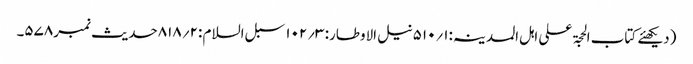
(دیکھئے کتاب الحجۃ علی اہل المدینہ:۱؍۵۱۰نیل الاوطار: ۳؍۱۰۲ سبل السلام :۲؍۸۱۸حدیث نمبر۵۷۸۔